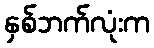
နှစ်ဘက်လုံးက